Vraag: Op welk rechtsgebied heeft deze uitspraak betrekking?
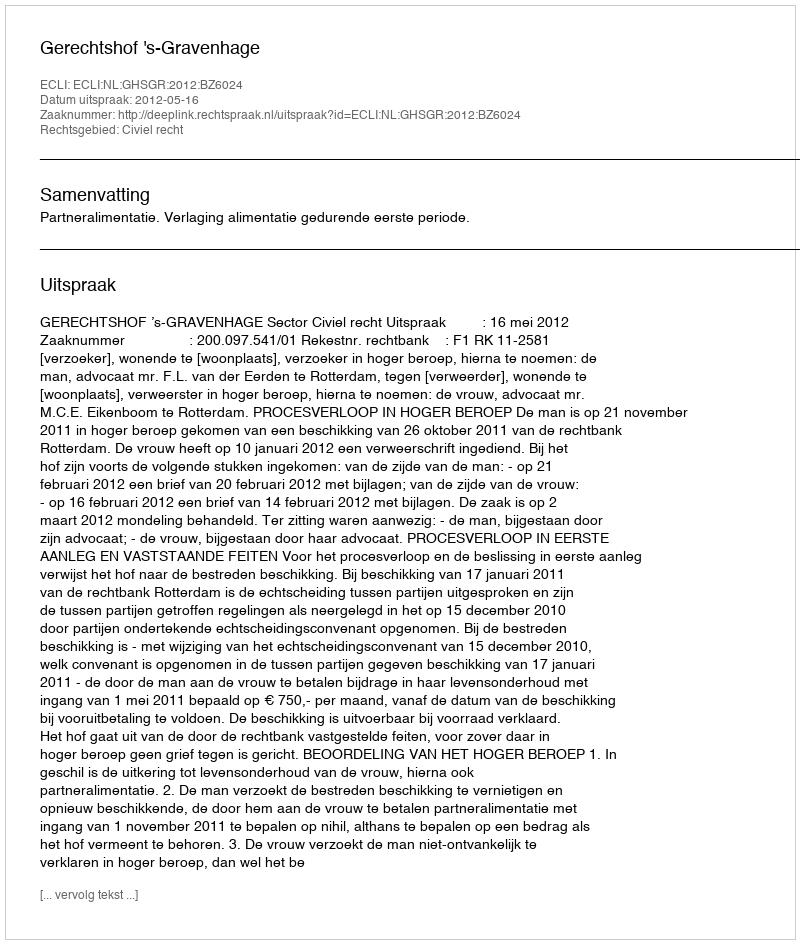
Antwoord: Civiel recht